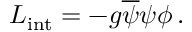
{ \cal L } _ { \mathrm { i n t } } = - g \overline { { { \psi } } } \psi \phi \, .